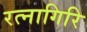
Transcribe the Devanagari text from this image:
रत्‍नागिरि